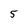
Character: 5